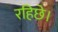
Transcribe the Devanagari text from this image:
रहिछे।